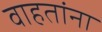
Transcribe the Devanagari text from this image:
वाहतांना